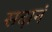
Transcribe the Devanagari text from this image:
सदानं